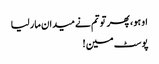
او ہو ، پھر تو تم نے میدان مار لیا
پوسٹ مین !